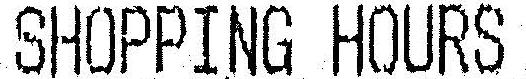
SHOPPING HOURS